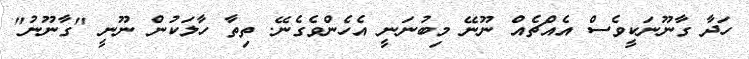
ހަދާ ގާނޫނަކީވެސް އެއްޗެއް ނޫނޭ މިބުނަނީ އެހެންވެގެނޭ. ތިތާ ހާލަކުން ނޫނީ "ގާނޫނު"